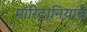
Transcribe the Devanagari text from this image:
मॉरिटानियाचे